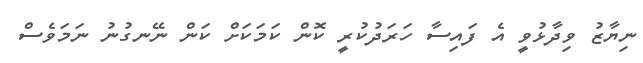
ނިޔާޒު ވިދާޅުވީ އެ ފައިސާ ހަރަދުކުރީ ކޮން ކަމަކަށް ކަން ނޭނގުނު ނަމަވެސް